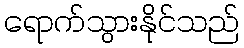
ရောက်သွားနိုင်သည်